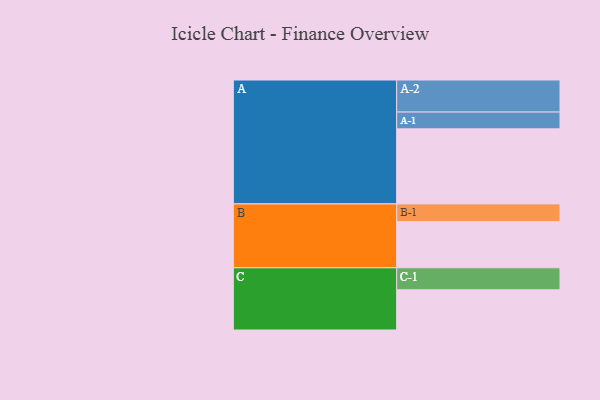
{"axis": {"x": "Segment", "y": "Value"}, "legend": ["", "A", "B", "C"], "data": [{"x": "A", "y": 590, "type": ""}, {"x": "B", "y": 363, "type": ""}, {"x": "C", "y": 316, "type": ""}, {"x": "A-1", "y": 132, "type": "A"}, {"x": "A-2", "y": 252, "type": "A"}, {"x": "B-1", "y": 139, "type": "B"}, {"x": "C-1", "y": 173, "type": "C"}]}